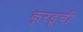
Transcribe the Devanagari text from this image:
कुरडूची